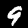
Digit: 9